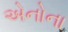
એનોના